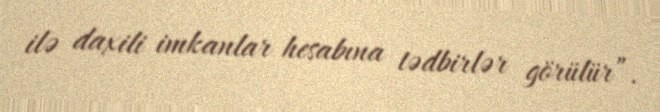
ilə daxili imkanlar hesabına tədbirlər görülür”.